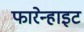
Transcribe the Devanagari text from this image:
फारेन्हाइट